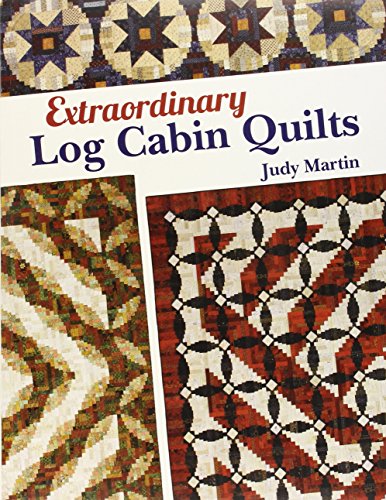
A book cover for Extraordinary Log Cabin Quilts; Judy Martin; Crafts, Hobbies & Home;